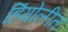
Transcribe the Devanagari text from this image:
हिंगोलीत